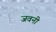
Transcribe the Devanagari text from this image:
जवनी